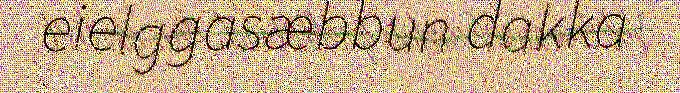
eielggasæbbun dakka